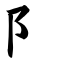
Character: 阝